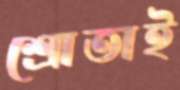
শ্রোতাই